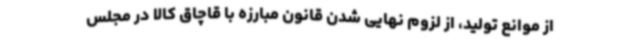
از موانع تولید، از لزوم نهایی شدن قانون مبارزه با قاچاق کالا در مجلس